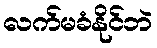
လက်မခံနိုင်ဘဲ